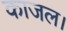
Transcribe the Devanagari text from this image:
काजल।